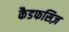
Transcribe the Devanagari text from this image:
कैडफसिज़